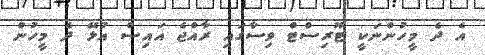
އެ ދެ މީހުންނަކީ ޓޫރިސްޓް ވިސާގައި ރާއްޖެ އައިސް އުޅޭ ދެ މީހުން